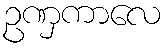
ဥဏှကာလေ